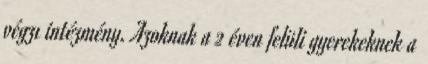
végzı intézmény. Azoknak a 2 éven felüli gyerekeknek a